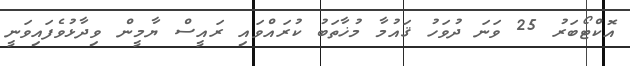
އޮކްޓޯބަރު 25 ވަނަ ދުވަހު ޤައުމާ މުޚާތަބު ކުރައްވައި ރައީސް ޔާމީން ވިދާޅުވެފައިވަނީ